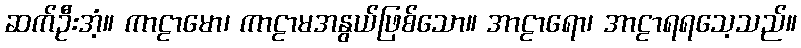
ဆက်ဦးအံ့။ ကာဠာမော၊ ကာဠာမအနွယ်ဖြစ်သော။ အာဠာရော၊ အာဠာရရသေ့သည်။